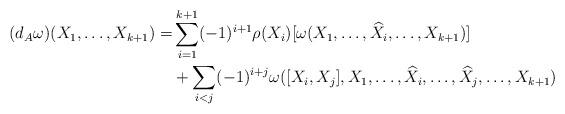
LaTeX: \begin{align*}(d_A\omega)(X_1,\dots, X_{k+1})=&\sum_{i=1}^{k+1}(-1)^{i+1}\rho(X_i)[\omega(X_1,\dots, \widehat{X}_i,\dots,X_{k+1})]\\&+\sum_{i<j}(-1)^{i+j}\omega([X_i,X_j],X_1,\dots, \widehat{X}_i,\dots,\widehat{X}_j,\dots, X_{k+1})\end{align*}